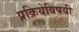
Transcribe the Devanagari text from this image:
प्रक्रियेविषयी